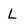
Character: L